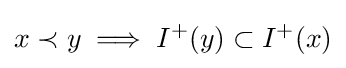
x\prec y\implies I^{+}(y)\subset I^{+}(x)